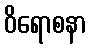
ဝိရောစနာ